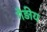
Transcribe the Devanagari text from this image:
गैड़ीय